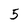
Character: 5